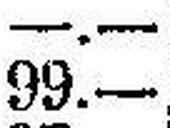
99.—